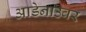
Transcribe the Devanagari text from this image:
आडेनाउवर